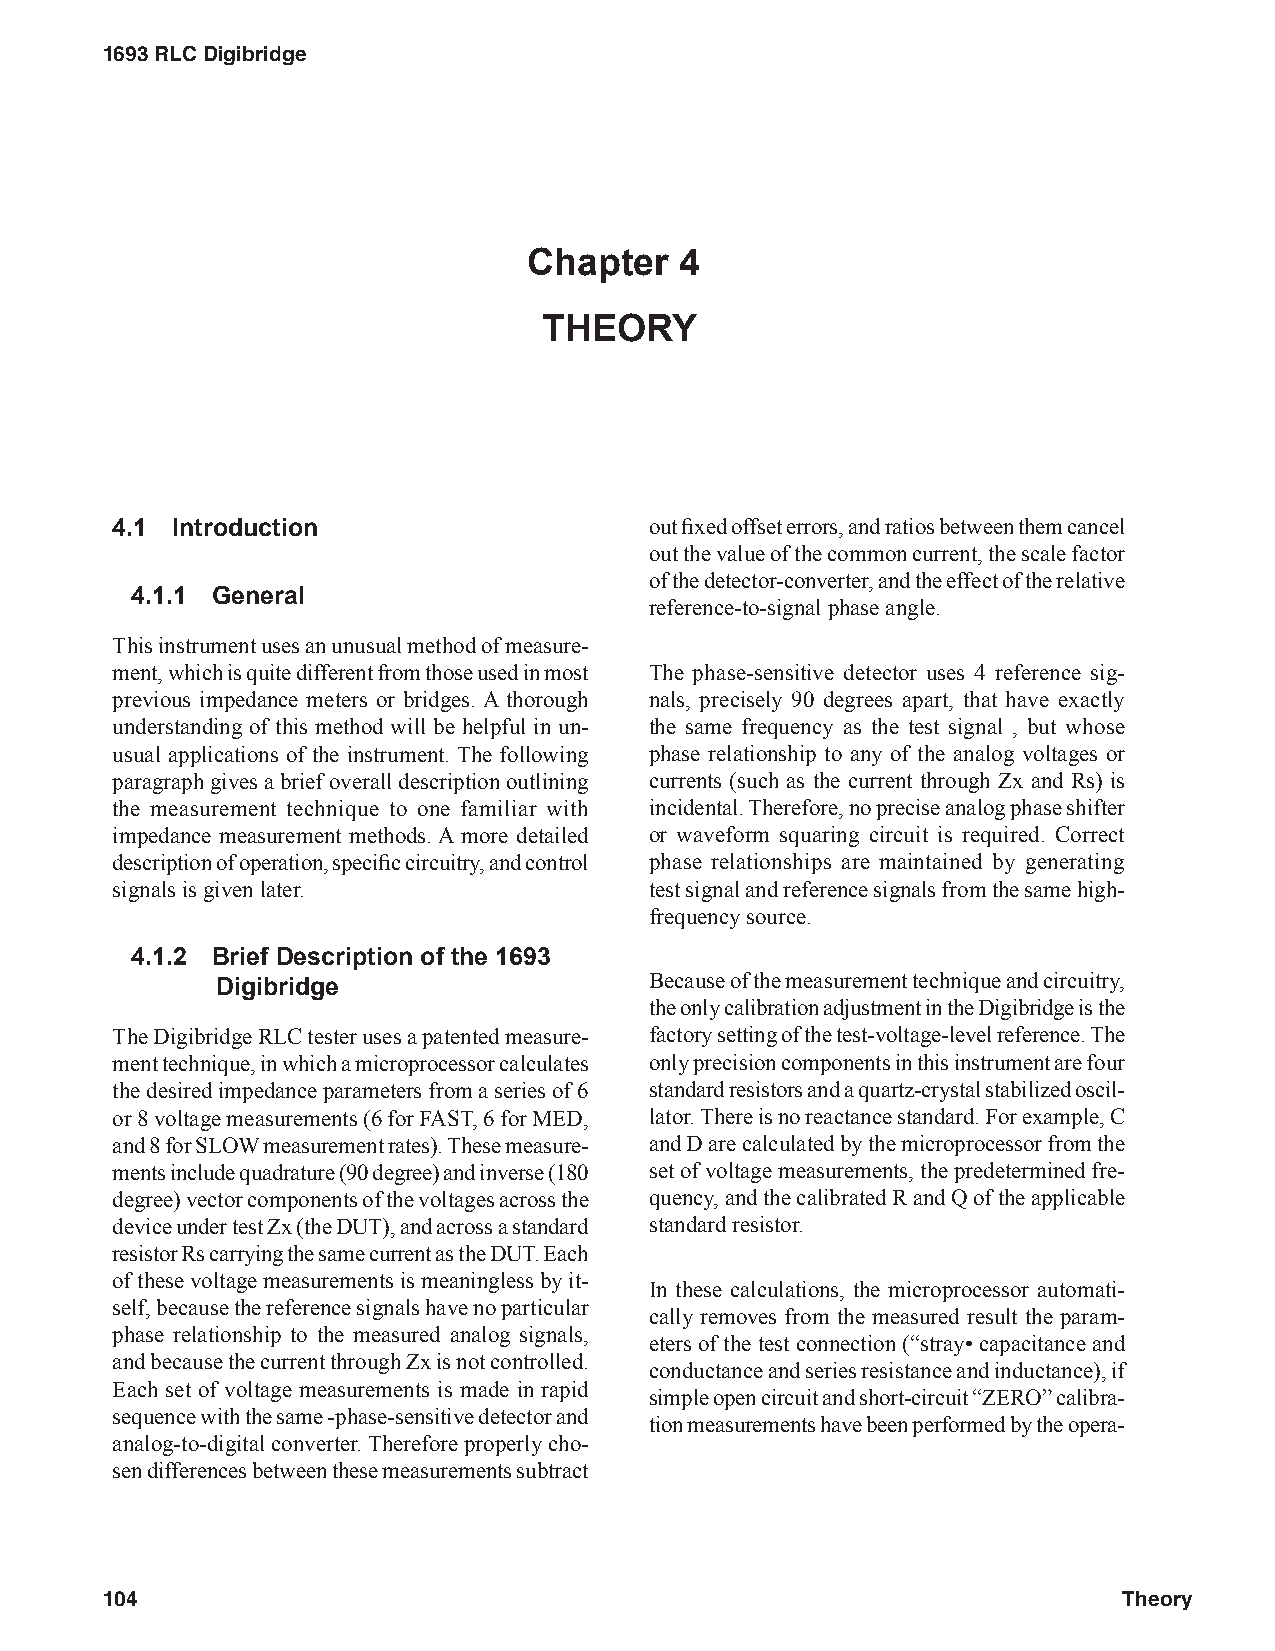
1693 RLC Digibridge
 Chapter   4
 THEORY
 4.1 Introduction                    out fixed offset errors, and ratios between them cancel
 out the value of the common current, the scale factor
 of the detector-converter, and the effect of the relative
 4.1.1 General
 reference-to-signal phase angle.
 This instrument uses an unusual method of measure-
 ment, which is quite different from those used in most The phase-sensitive detector uses 4 reference sig-
 previous impedance meters or bridges. A thorough nals, precisely 90 degrees apart, that have exactly
 understanding of this method will be helpful in un- the same frequency as the test signal , but whose
 usual applications of the instrument. The following phase relationship to any of the analog voltages or
 paragraph gives a brief overall description outlining currents (such as the current through Zx and Rs) is
 the measurement technique to one familiar with incidental. Therefore, no precise analog phase shifter
 impedance measurement methods. A more detailed or waveform squaring circuit is required. Correct
 description of operation, specific circuitry, and control phase relationships are maintained by generating
 signals is given later.             test signal and reference signals from the same high-
 frequency source.
 4.1.2 Brief Description of the 1693
 Because of the measurement technique and circuitry,
 Digibridge
 the only calibration adjustment in the Digibridge is the
 The Digibridge RLC tester uses a patented measure- factory setting of the test-voltage-level reference. The
 ment technique, in which a microprocessor calculates only precision components in this instrument are four
 the desired impedance parameters from a series of 6 standard resistors and a quartz-crystal stabilized oscil-
 or 8 voltage measurements (6 for FAST, 6 for MED, lator. There is no reactance standard. For example, C
 and 8 for SLOW measurement rates). These measure- and D are calculated by the microprocessor from the
 ments include quadrature (90 degree) and inverse (180 set of voltage measurements, the predetermined fre-
 degree) vector components of the voltages across the quency, and the calibrated R and Q of the applicable
 device under test Zx (the DUT), and across a standard standard resistor.
 resistor Rs carrying the same current as the DUT. Each
 of these voltage measurements is meaningless by it-
 In these calculations, the microprocessor automati-
 self, because the reference signals have no particular
 cally removes from the measured result the param-
 phase relationship to the measured analog signals,
 eters of the test connection (“stray• capacitance and
 and because the current through Zx is not controlled.
 conductance and series resistance and inductance), if
 Each set of voltage measurements is made in rapid
 simple open circuit and short-circuit “ZERO” calibra-
 sequence with the same -phase-sensitive detector and
 tion measurements have been performed by the opera-
 analog-to-digital converter. Therefore properly cho-
 sen differences between these measurements subtract
 104                                                                Theory